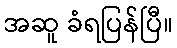
အဆူ ခံရပြန်ပြီ။